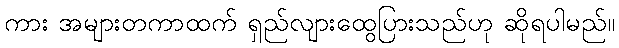
ကား အများတကာထက် ရှည်လျားထွေပြားသည်ဟု ဆိုရပါမည်။